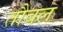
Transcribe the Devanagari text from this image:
तौबल